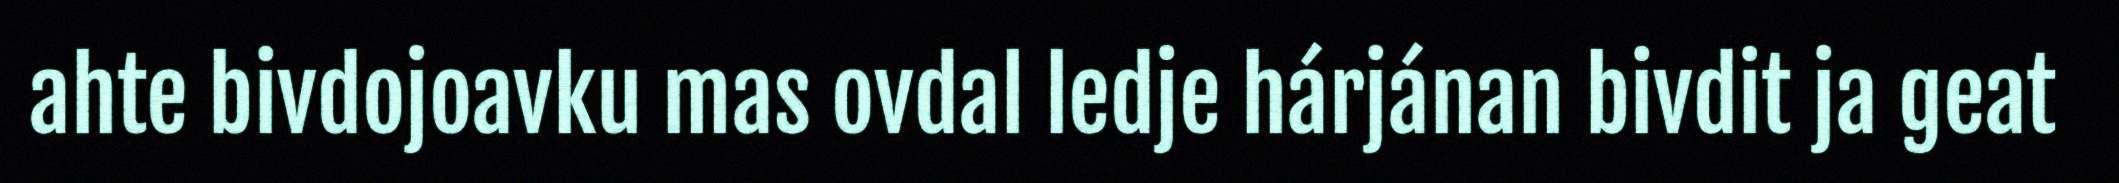
ahte bivdojoavku mas ovdal ledje hárjánan bivdit ja geat